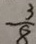
- \frac { 3 } { 8 }